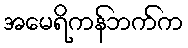
အမေရိကန်ဘက်က